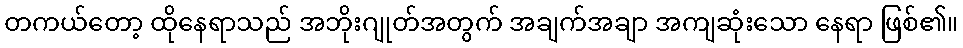
တကယ်တော့ ထိုနေရာသည် အဘိုးဂျုတ်အတွက် အချက်အချာ အကျဆုံးသော နေရာ ဖြစ်၏။